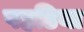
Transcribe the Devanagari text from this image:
पहडिया